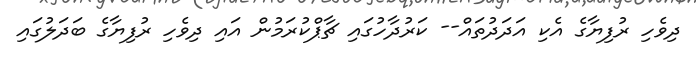
ދިވެހި ރުފިޔާގެ އެކި އަދަދުތައް-- ކަރުދާހުގައި ޗާޕްކުރަމުން އައި ދިވެހި ރުފިޔާގެ ބަދަލުގައި